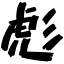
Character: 彪